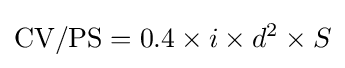
{\text{CV/PS}}=0.4\times i\times d^{2}\times S